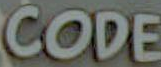
CODE